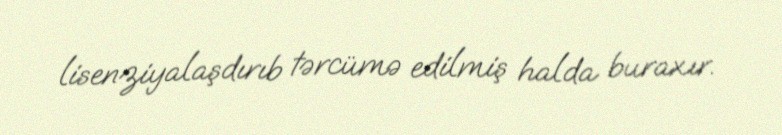
lisenziyalaşdırıb tərcümə edilmiş halda buraxır.